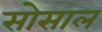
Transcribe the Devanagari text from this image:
सोसाल